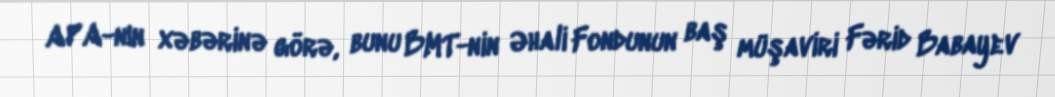
APA-nın xəbərinə görə, bunu BMT-nin Əhali Fondunun baş müşaviri Fərid Babayev